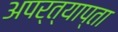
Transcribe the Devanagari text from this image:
अपर्त्याप्ता